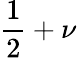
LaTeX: {\frac{1}{2}}+\nu